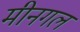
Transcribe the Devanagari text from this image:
मीनगल